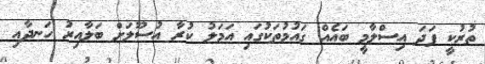
ތުރުކީ ފަދަ އިސްލާމީ ބައެއް ގައުމުތަކުގައި އަމަލު ކުރާ އުސޫލަށް ބަލާއިރު ހަނދާއި